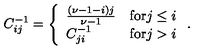
C _ { i j } ^ { - 1 } = \left\{ \begin{array} { l l } { \frac { ( \nu - 1 - i ) j } { \nu - 1 } } & { \mathrm { f o r } j \leq i } \\ { C _ { j i } ^ { - 1 } } & { \mathrm { f o r } j > i } \\ \end{array} \right. .